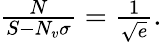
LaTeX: \begin{array}{r}{\frac N{S-N_{v}\sigma}=\frac 1{\sqrt e}.}\end{array}